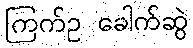
ကြက်ဥ ခေါက်ဆွဲ